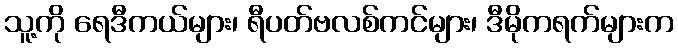
သူ့ကို ရေဒီကယ်များ၊ ရီပတ်ဗလစ်ကင်များ၊ ဒီမိုကရက်များက